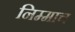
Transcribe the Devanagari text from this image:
निम्माच